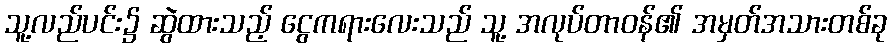
သူ့လည်ပင်း၌ ဆွဲထားသည့် ငွေကရားလေးသည် သူ့ အလုပ်တာဝန်၏ အမှတ်အသားတစ်ခု